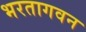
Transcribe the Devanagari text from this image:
भरतागवन